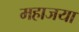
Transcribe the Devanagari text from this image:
महाजया